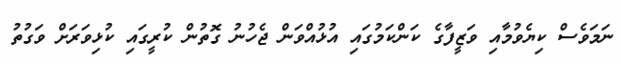
ނަމަވެސް ކިޔެވުމާއި ވަޒީފާގެ ކަންކަމުގައި އުޅުއްވަން ޖެހުނު ގޮތުން ކުރީގައި ކުޅިވަރަށް ވަގުތު